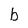
Character: b